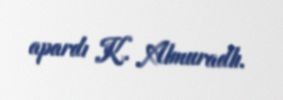
apardı K. Almuradlı.